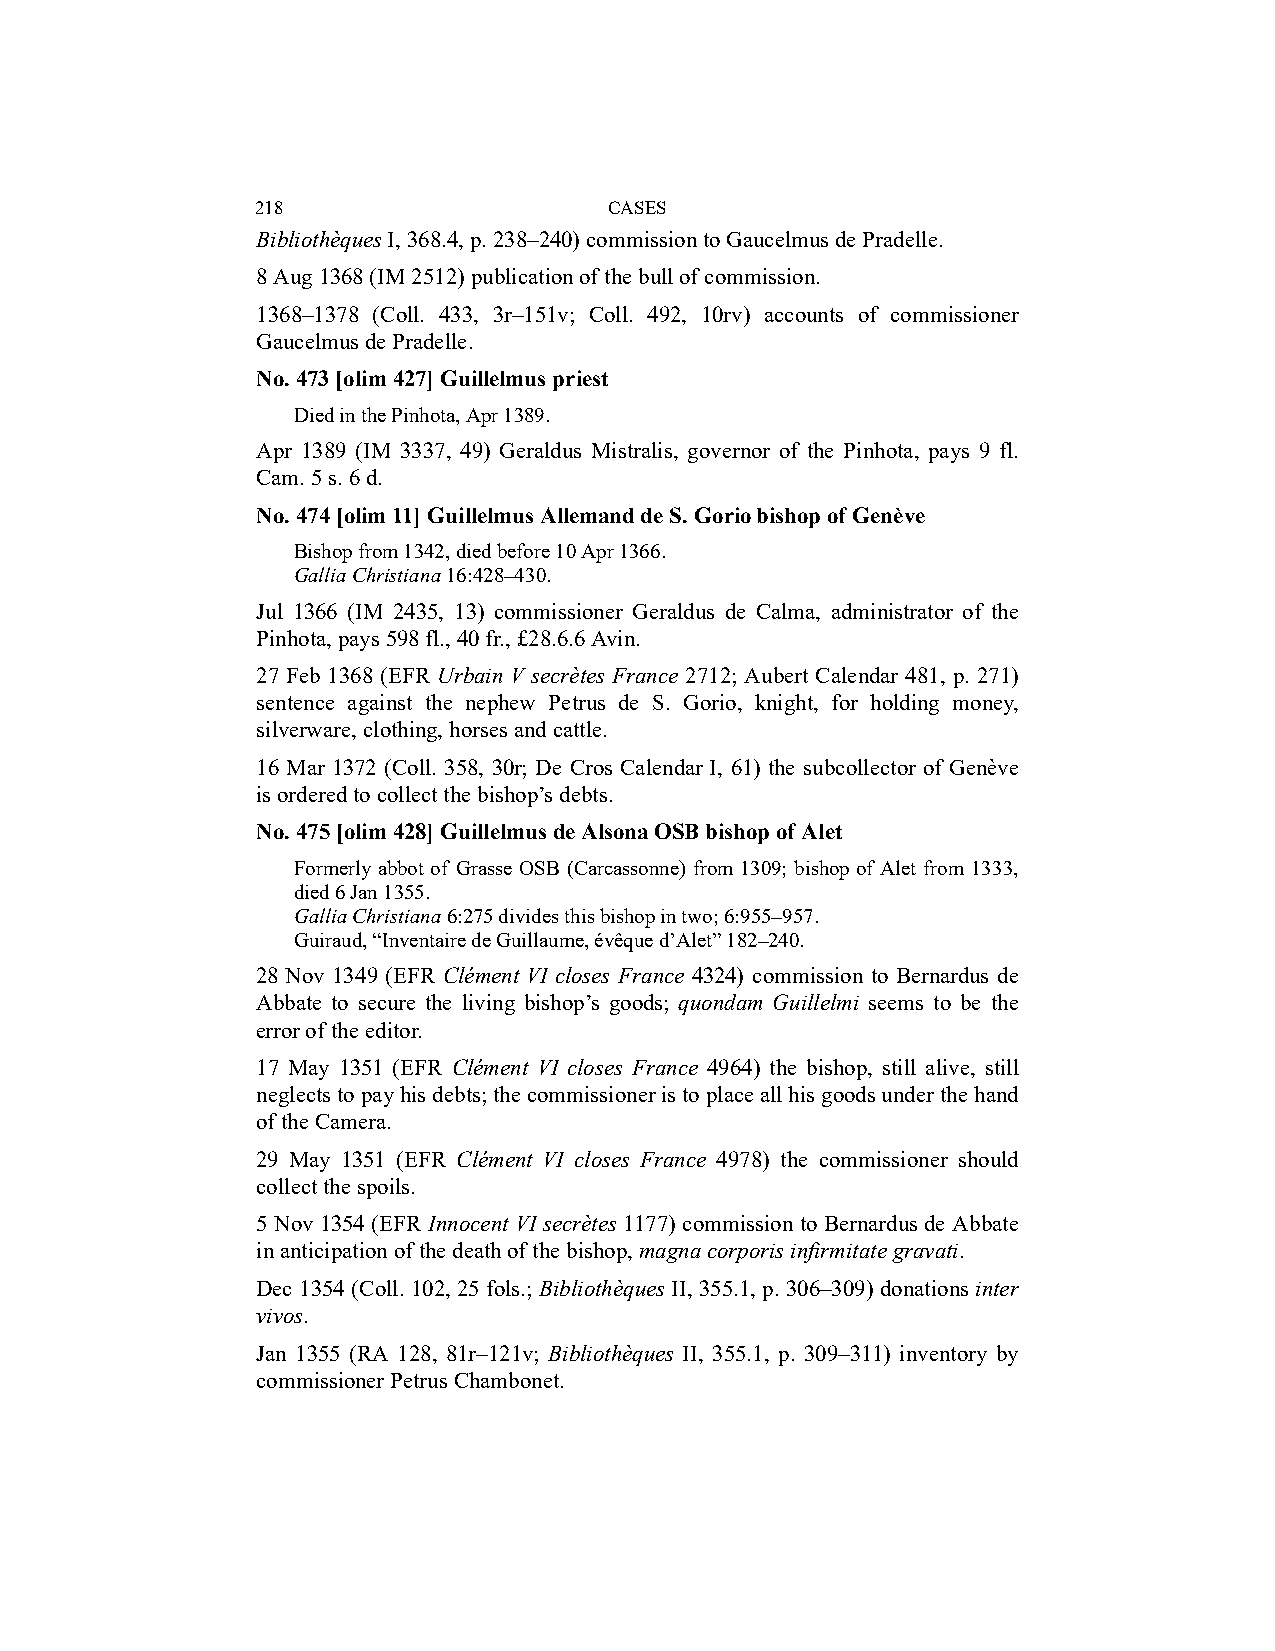
218                    CASES
 Bibliothèques I, 368.4, p. 238–240) commission to Gaucelmus de Pradelle.
 8 Aug 1368 (IM 2512) publication of the bull of commission.
 1368–1378 (Coll. 433, 3r–151v; Coll. 492, 10rv) accounts of commissioner
 Gaucelmus de Pradelle.
 No. 473 [olim 427] Guillelmus priest
 Died in the Pinhota, Apr 1389.
 Apr 1389 (IM 3337, 49) Geraldus Mistralis, governor of the Pinhota, pays 9 fl.
 Cam. 5 s. 6 d.
 No. 474 [olim 11] Guillelmus Allemand de S. Gorio bishop of Genève
 Bishop from 1342, died before 10 Apr 1366.
 Gallia Christiana 16:428–430.
 Jul 1366 (IM 2435, 13) commissioner Geraldus de Calma, administrator of the
 Pinhota, pays 598 fl., 40 fr., £28.6.6 Avin.
 27 Feb 1368 (EFR Urbain V secrètes France 2712; Aubert Calendar 481, p. 271)
 sentence against the nephew Petrus de S. Gorio, knight, for holding money,
 silverware, clothing, horses and cattle.
 16 Mar 1372 (Coll. 358, 30r; De Cros Calendar I, 61) the subcollector of Genève
 is ordered to collect the bishop’s debts.
 No. 475 [olim 428] Guillelmus de Alsona OSB bishop of Alet
 Formerly abbot of Grasse OSB (Carcassonne) from 1309; bishop of Alet from 1333,
 died 6 Jan 1355.
 Gallia Christiana 6:275 divides this bishop in two; 6:955–957.
 Guiraud, “Inventaire de Guillaume, évêque d’Alet” 182–240.
 28 Nov 1349 (EFR Clément VI closes France 4324) commission to Bernardus de
 Abbate to secure the living bishop’s goods; quondam Guillelmi seems to be the
 error of the editor.
 17 May 1351 (EFR Clément VI closes France 4964) the bishop, still alive, still
 neglects to pay his debts; the commissioner is to place all his goods under the hand
 of the Camera.
 29 May 1351 (EFR Clément VI closes France 4978) the commissioner should
 collect the spoils.
 5 Nov 1354 (EFR Innocent VI secrètes 1177) commission to Bernardus de Abbate
 in anticipation of the death of the bishop, magna corporis infirmitate gravati.
 Dec 1354 (Coll. 102, 25 fols.; Bibliothèques II, 355.1, p. 306–309) donations inter
 vivos.
 Jan 1355 (RA 128, 81r–121v; Bibliothèques II, 355.1, p. 309–311) inventory by
 commissioner Petrus Chambonet.